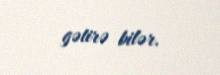
gətirə bilər.